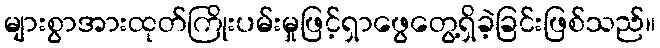
များစွာအားထုတ်ကြိုးပမ်းမှုဖြင့်ရှာဖွေတွေ့ရှိခဲ့ခြင်းဖြစ်သည်။